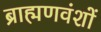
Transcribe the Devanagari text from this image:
ब्राह्मणवंशों